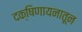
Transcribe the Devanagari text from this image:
दक्षिणायनातून